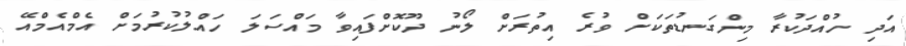
އަދި ހުއްދަކުރާ މިންގަނޑުތަކަށް ވުރެ އިތުރަށް ލޯނު ދޫކޮށްފައިވާ މައްސަލަ ހައްލުކުރުމަށް އެމްއެމްއޭ